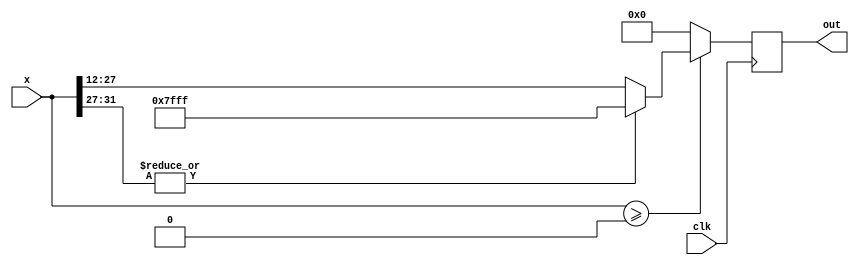
/* //sigmoid function verilog
module SigmoidF(x,out);

    input signed [15:0] x;
    output reg signed [15:0] out;
      
    
   reg signed [15:0] y,z,sum;
   reg signed [15:0] sq,sh;
    
   always@(*)
   begin
   if(x[15]==1'b1)
       y=-x;
   else
       y=x;
   z=y>>>2 ;
      
   sum= z+16'b1111_0000_0000;
      
   sq=sum*sum;

   sh=sq>>>1;

   if(x[15]==1'b1)
       out=sh;
   else
       out=16'b00000001_00000000-sh;
   end
   
endmodule

 */
 
module SigmoidF  #(parameter dataWidth=16,weightIntWidth=4) (
     input           clk,
    input   signed [2*16-1:0]   x,
    output   reg  [16-1:0]  out
);


always @(posedge clk)
begin
    if($signed(x) >= 0)
    begin
        if(|x[2*16-1-:4+1]) //over flow to sign bit of integer part
            out <= {1'b0,{(16-1){1'b1}}}; //positive saturate
        else
            out <= x[2*16-1-4-:16];
    end
    else 
        out <= 0;      
end

endmodule